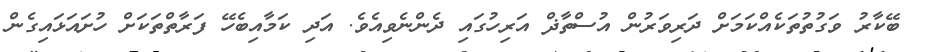
ބޭކާރު ވަގުތުތަކެއްކަމަށް ދަރިވަރުން އުސްތާޛް އަރިހުގައި ދެންނެވިއެވެ. އަދި ކަމާއިބެހޭ ފަރާތްތަކަށް ހުށައަޅައިގެން